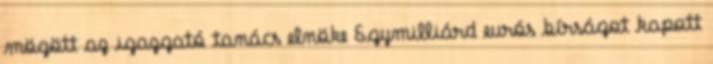
mögött az igazgató tanács elnöke Egymilliárd eurós bírságot kapott